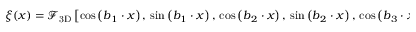
\begin{array} { r } { \xi ( { \boldsymbol x } ) = \mathcal { F } _ { \mathrm { 3 D } } \left[ \cos \left( { \boldsymbol b _ { 1 } } \cdot { \boldsymbol x } \right) , \, \sin \left( { \boldsymbol b _ { 1 } } \cdot { \boldsymbol x } \right) , \, \cos \left( { \boldsymbol b _ { 2 } } \cdot { \boldsymbol x } \right) , \, \sin \left( { \boldsymbol b _ { 2 } } \cdot { \boldsymbol x } \right) , \, \cos \left( { \boldsymbol b _ { 3 } } \cdot { \boldsymbol x } \right) , \, \sin \left( { \boldsymbol b _ { 3 } } \cdot { \boldsymbol x } \right) \right] \, . } \end{array}